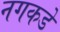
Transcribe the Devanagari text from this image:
नगकडे